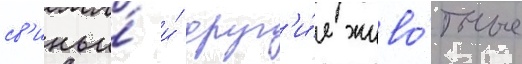
св'иньи́ и́ друг'и́е живо́тные